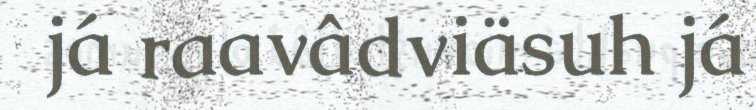
já raavâdviäsuh já